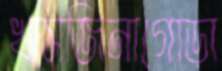
খাসজিনাগোড়া